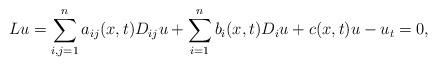
LaTeX: \begin{align*}Lu = \sum_{i,j=1}^n a_{ij}(x,t) D_{ij} u + \sum_{i=1}^n b_i(x,t) D_i u +c(x,t)u - u_t = 0,\end{align*}